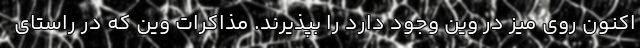
اکنون روی میز در وین وجود دارد را بپذیرند. مذاکرات وین که در راستای